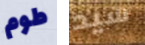
طوم سيد